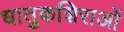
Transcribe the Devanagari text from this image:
धातुकशिराओं